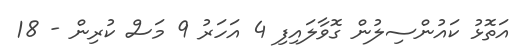
އަތޮޅު ކައުންސިލުން ގޮވާލައިފި 4 އަހަރު 9 މަސް ކުރިން - 18